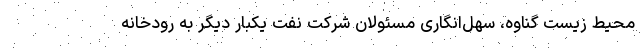
محیط‌ زیست گناوه، سهل‌انگاری مسئولان شرکت نفت یکبار دیگر به رودخانه